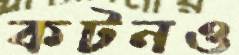
কটনও